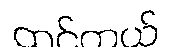
ထင်တယ်